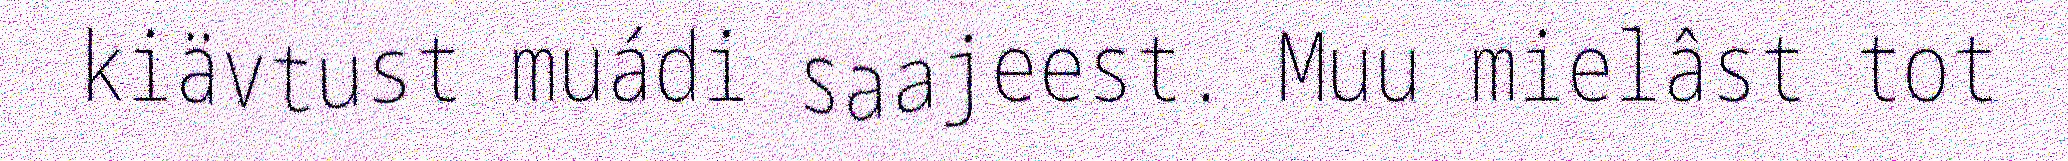
kiävtust muádi saajeest. Muu mielâst tot